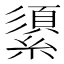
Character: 𦅓